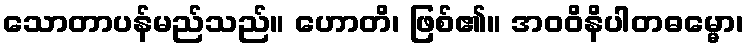
သောတာပန်မည်သည်။ ဟောတိ၊ ဖြစ်၏။ အဝဝိနိပါတဓမ္မော၊